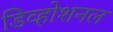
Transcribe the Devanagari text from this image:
डिव्होशनल